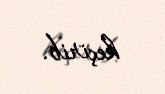
keçirib.